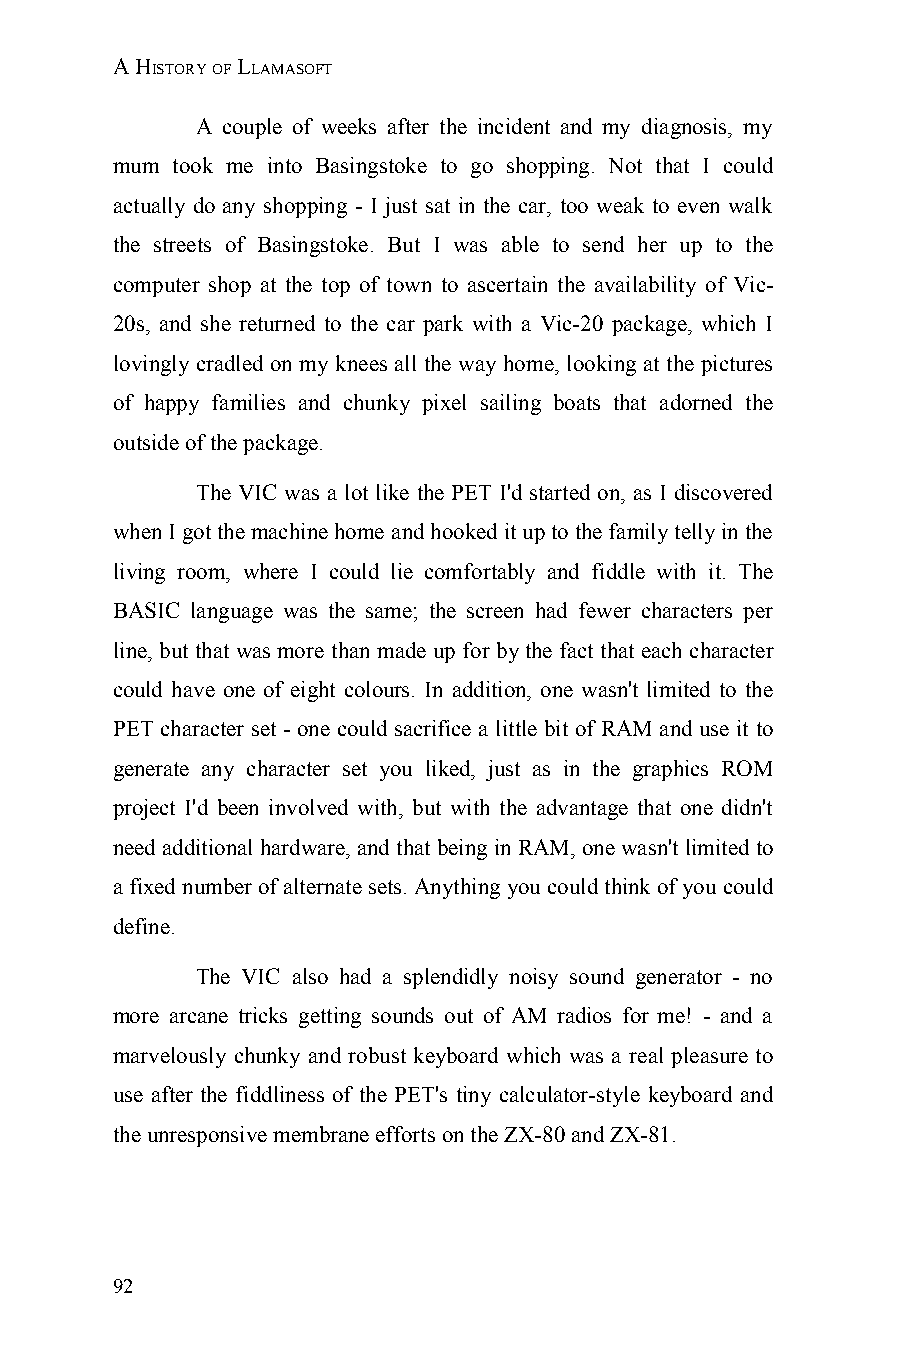
A HISTORY OF LLAMASOFT
 A couple of weeks after the incident and my diagnosis, my
 mum took me into Basingstoke to go shopping. Not that I could
 actually do any shopping - I just sat in the car, too weak to even walk
 the streets of Basingstoke. But I was able to send her up to the
 computer shop at the top of town to ascertain the availability of Vic-
 20s, and she returned to the car park with a Vic-20 package, which I
 lovingly cradled on my knees all the way home, looking at the pictures
 of happy families and chunky pixel sailing boats that adorned the
 outside of the package.
 The VIC was a lot like the PET I'd started on, as I discovered
 when I got the machine home and hooked it up to the family telly in the
 living room, where I could lie comfortably and fiddle with it. The
 BASIC language was the same; the screen had fewer characters per
 line, but that was more than made up for by the fact that each character
 could have one of eight colours. In addition, one wasn't limited to the
 PET character set - one could sacrifice a little bit of RAM and use it to
 generate any character set you liked, just as in the graphics ROM
 project I'd been involved with, but with the advantage that one didn't
 need additional hardware, and that being in RAM, one wasn't limited to
 a fixed number of alternate sets. Anything you could think of you could
 define.
 The VIC also had a splendidly noisy sound generator - no
 more arcane tricks getting sounds out of AM radios for me! - and a
 marvelously chunky and robust keyboard which was a real pleasure to
 use after the fiddliness of the PET's tiny calculator-style keyboard and
 the unresponsive membrane efforts on the ZX-80 and ZX-81.
 92